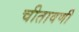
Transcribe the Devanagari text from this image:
चीतावणी